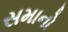
સમાનો